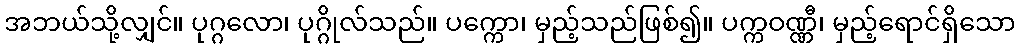
အဘယ်သို့လျှင်။ ပုဂ္ဂလော၊ ပုဂ္ဂိုလ်သည်။ ပက္ကော၊ မှည့်သည်ဖြစ်၍။ ပက္ကဝဏ္ဏီ၊ မှည့်ရောင်ရှိသော